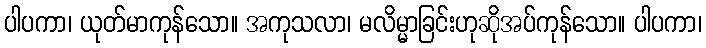
ပါပကာ၊ ယုတ်မာကုန်သော။ အကုသလာ၊ မလိမ္မာခြင်းဟုဆိုအပ်ကုန်သော။ ပါပကာ၊